Report of the Bombay Plague Committee
Disease focus: Plague
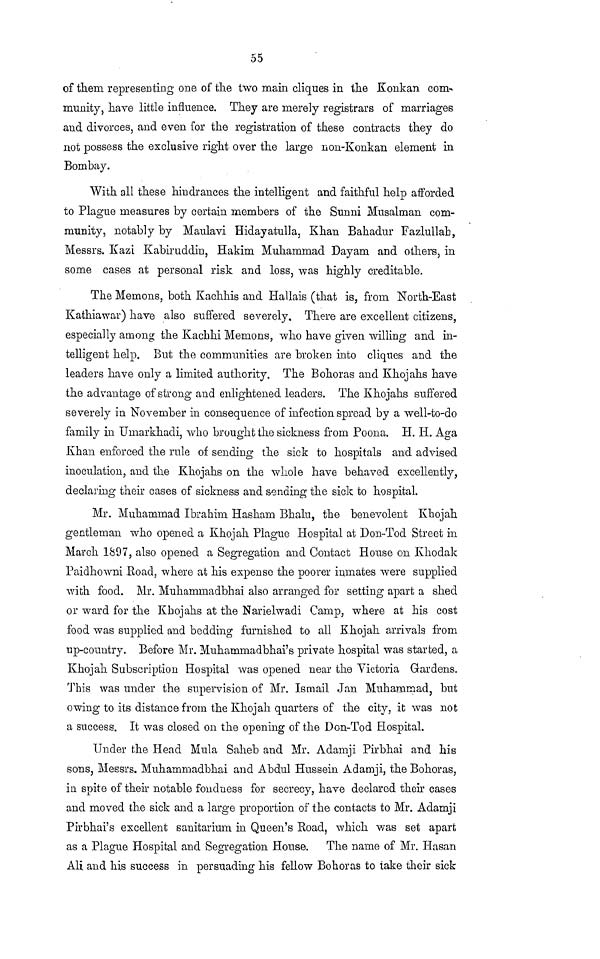
55
of them representing one of the two main cliques in the Konkan com-
munity, have little influence. They are merely registrars of marriages
and divorces, and even for the registration of these contracts they do
not possess the exclusive right over the large non-Konkan element in
Bombay.
With all these hindrances the intelligent and faithful help afforded
to Plague measures by certain members of the Sunni Musalman com-
munity, notably by Maulavi Hidayatulla, Khan Bahadur Fazlullab,
Messrs. Kazi Kabiruddin, Hakim Muhammad Dayam and others, in
some cases at personal risk and loss, was highly creditable.
The Mernons, both Kachhis and Hallais (that is, from North-East
Kathiawar) have also suffered severely. There are excellent citizens,
especially among the Kachhi Memons, who have given willing and in-
telligent help. But the communities are broken into cliques and the
leaders have only a limited authority. The Bohoras and Khojahs have
the advantage of strong and enlightened leaders. The Khojahs suffered
severely in November in consequence of infection spread by a well-to-do
family in Umarkhacli, who brought the sickness from Poona. H. H. Aga
Khan enforced the rule of sending the sick to hospitals and advised
inoculation, and the Khojahs on the whole have behaved excellently,
declaring their cases of sickness and sending the sick to hospital.
Mr. Muhammad Ibrahim Hasham Bhalu, the benevolent Khojah
gentleman who opened a Khojah Plague Hospital at Don-Tod Street in
March 1897, also opened a Segregation and Contact House on Khodak
Paidhowni Road, where at his expense the poorer inmates were supplied
with food, Mr. Muhammadbhai also arranged for setting apart a shed
or ward for the Khojahs at the Narielwadi Camp, where at his cost
food was supplied and bedding furnished to all Khojah arrivals from
up-country. Before Mr. Muhammadbhai's private hospital was started, a
Khojah Subscription Hospital was opened near the Victoria Gardens.
This was under the supervision of Mr. Ismail Jan Muhammad, but
owing to its distance from the Khojah quarters of the city, it was not
a success. It was closed on the opening of the Don-Tod Hospital.
Under the Head Mula Saheb and Mr. Adamji Pirbhai and his
sons, Messrs. Muhammadbhai and Abdul Hussein Adamji, the Bohoras,
in spite of their notable fondness for secrecy, have declared their cases
and moved the sick and a large proportion of the contacts to Mr. Adamji
Pirbhai's excellent sanitarium in Queen's Road, which was set apart
as a Plague Hospital and Segregation House. The name of Mr. Hasan
All and his success in persuading his fellow Bohoras to take their sick